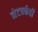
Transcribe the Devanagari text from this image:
नेटवर्कही